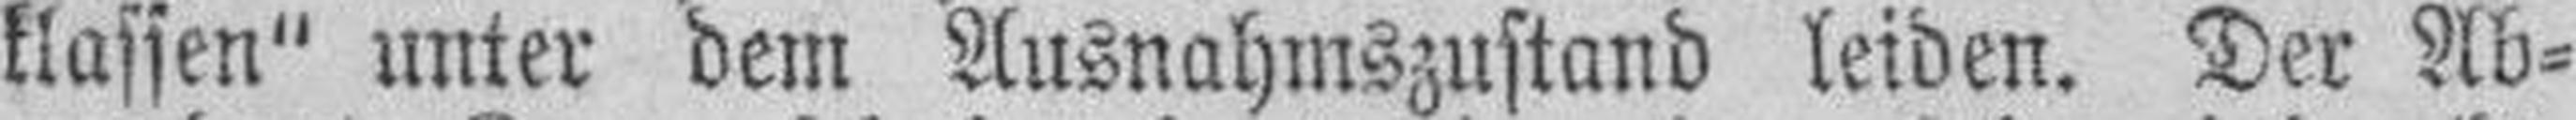
klassen" unter dem Ausnahmszustand leiden. Der Ab¬